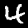
Label: 4